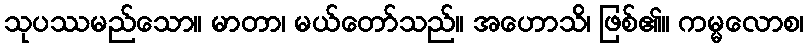
သုပဿမည်သော။ မာတာ၊ မယ်တော်သည်။ အဟောသိ၊ ဖြစ်၏။ ကမ္မလောစ၊